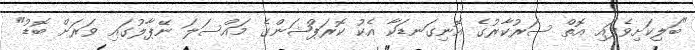
"ބަލިކަށިވެފައި އޮތް ސަރުކާރުގެ އޮނިގަނޑަކާ އެކު ކޮރަޕްޝަންގެ މައްސަލަ ނޭޕާލުގައި ވަރަށް ބޮޑު"